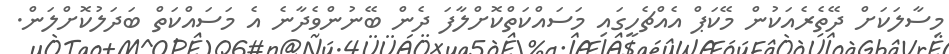
މިސާލަކަށް ދޭތެރެއަކުން މޭކަޕް އެއްޗެހީގައި މަސައްކަތްކޮށްލާފަ ދެން ބޭނުންވެދާނެ އެ މަސައްކަތް ބަދަލުކޮށްލަން.